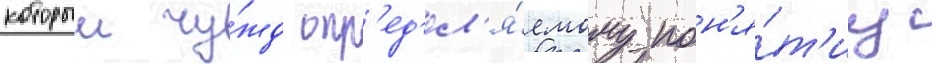
которыи чу́жд опр'ед'ел'я́емому пон'я́т'иу